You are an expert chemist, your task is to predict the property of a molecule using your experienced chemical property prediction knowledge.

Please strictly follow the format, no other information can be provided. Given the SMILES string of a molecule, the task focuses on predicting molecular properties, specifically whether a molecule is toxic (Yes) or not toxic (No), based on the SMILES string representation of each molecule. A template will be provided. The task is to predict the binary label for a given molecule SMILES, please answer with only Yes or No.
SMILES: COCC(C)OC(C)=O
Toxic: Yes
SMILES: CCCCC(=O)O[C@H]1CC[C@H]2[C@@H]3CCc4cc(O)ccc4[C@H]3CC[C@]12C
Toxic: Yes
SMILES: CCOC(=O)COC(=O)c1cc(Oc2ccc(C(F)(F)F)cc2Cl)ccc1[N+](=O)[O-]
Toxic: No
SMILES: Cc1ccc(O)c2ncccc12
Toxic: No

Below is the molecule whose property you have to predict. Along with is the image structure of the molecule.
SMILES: COC(=O)c1c(C(F)F)nc(C(F)(F)F)c(C2=NCCS2)c1CC(C)C
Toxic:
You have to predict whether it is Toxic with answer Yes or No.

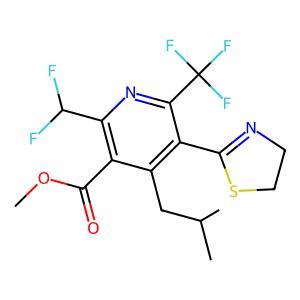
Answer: No